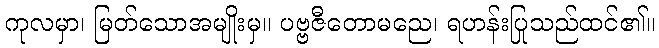
ကုလမှာ၊ မြတ်သောအမျိုးမှ။ ပဗ္ဗဇီတောမညေ၊ ရဟန်းပြုသည်ထင်၏။